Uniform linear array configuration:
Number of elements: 16
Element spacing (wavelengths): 0.5
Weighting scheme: exponential
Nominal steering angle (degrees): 30
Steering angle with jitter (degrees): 31.063
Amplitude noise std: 0.05
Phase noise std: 0.05

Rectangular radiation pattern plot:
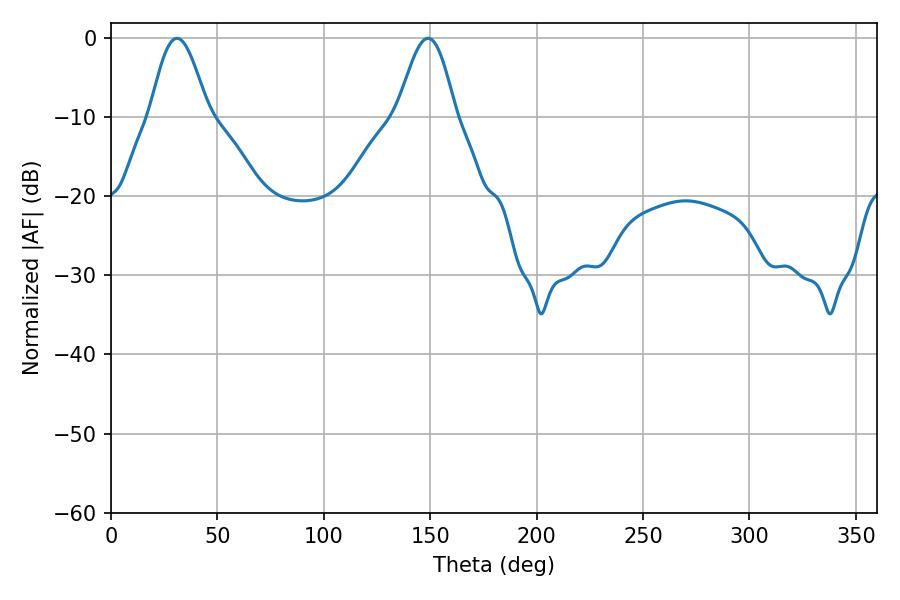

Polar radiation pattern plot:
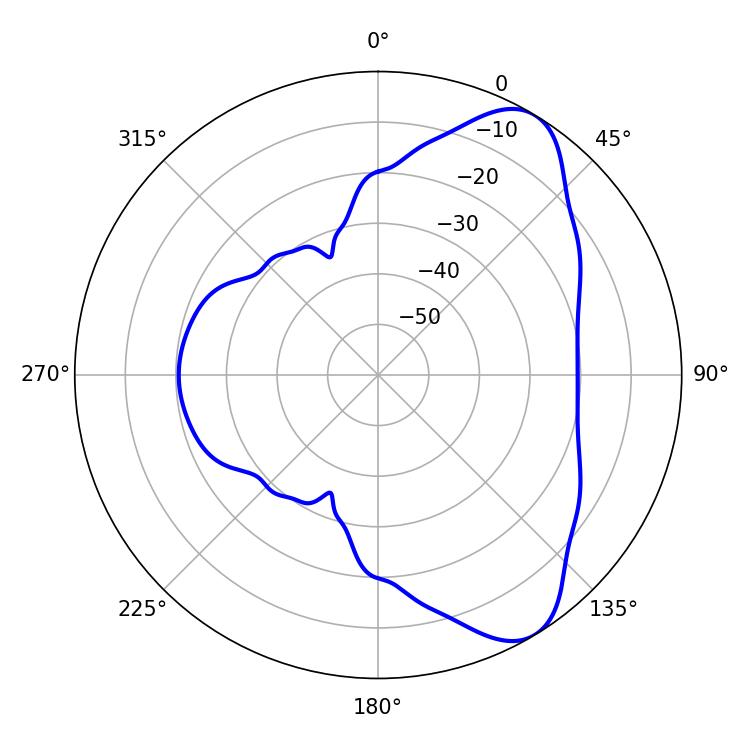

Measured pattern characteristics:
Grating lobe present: FALSE
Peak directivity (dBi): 7.846
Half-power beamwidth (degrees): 14.58
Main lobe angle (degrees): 30.96